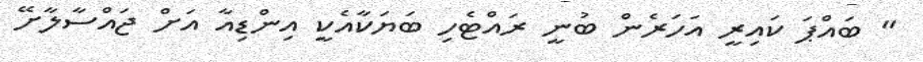
" ބައްޕަ ކައިރީ އަހަރެން ބުނީ ރައްޓެހި ބަޔަކާއެކީ އިންޑިއާ އަށް ޖައްސާލާށޭ